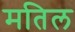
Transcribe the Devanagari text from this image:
मतिल